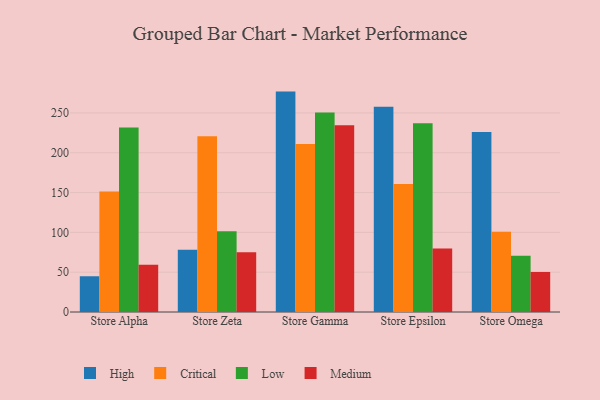
{"axis": {"x": "Store", "y": "Gross Profit (USD K)"}, "legend": ["Critical", "High", "Low", "Medium"], "data": [{"x": "Store Alpha", "y": 44.9, "type": "High"}, {"x": "Store Alpha", "y": 151.2, "type": "Critical"}, {"x": "Store Alpha", "y": 231.7, "type": "Low"}, {"x": "Store Alpha", "y": 59.3, "type": "Medium"}, {"x": "Store Zeta", "y": 78.3, "type": "High"}, {"x": "Store Zeta", "y": 220.7, "type": "Critical"}, {"x": "Store Zeta", "y": 101.4, "type": "Low"}, {"x": "Store Zeta", "y": 75.0, "type": "Medium"}, {"x": "Store Gamma", "y": 276.8, "type": "High"}, {"x": "Store Gamma", "y": 211.0, "type": "Critical"}, {"x": "Store Gamma", "y": 250.7, "type": "Low"}, {"x": "Store Gamma", "y": 234.4, "type": "Medium"}, {"x": "Store Epsilon", "y": 257.9, "type": "High"}, {"x": "Store Epsilon", "y": 160.8, "type": "Critical"}, {"x": "Store Epsilon", "y": 236.9, "type": "Low"}, {"x": "Store Epsilon", "y": 79.7, "type": "Medium"}, {"x": "Store Omega", "y": 226.0, "type": "High"}, {"x": "Store Omega", "y": 100.9, "type": "Critical"}, {"x": "Store Omega", "y": 70.7, "type": "Low"}, {"x": "Store Omega", "y": 50.3, "type": "Medium"}]}